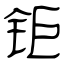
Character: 钜